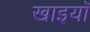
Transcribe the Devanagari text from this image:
खाइयॉ